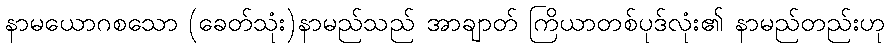
နာမယောဂစသော (ခေတ်သုံး)နာမည်သည် အာချာတ် ကြိယာတစ်ပုဒ်လုံး၏ နာမည်တည်းဟု